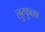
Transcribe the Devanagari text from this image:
लुत्फुल्ला